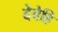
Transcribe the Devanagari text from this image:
देवेहि